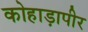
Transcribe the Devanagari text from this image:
कोहाड़ापीर